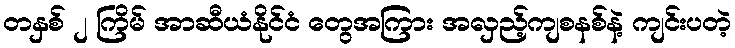
တနှစ် ၂ ကြိမ် အာဆီယံနိုင်ငံ တွေအကြား အလှည့်ကျစနစ်နဲ့ ကျင်းပတဲ့